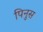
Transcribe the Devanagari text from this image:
पिनुस